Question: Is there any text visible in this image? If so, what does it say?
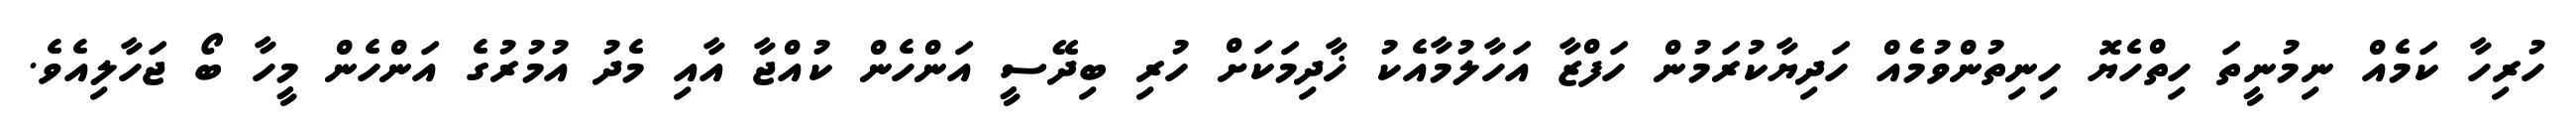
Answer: ހުރިހާ ކަމެއް ނިމުނީތަ ހިތްހެޔޮ ހިނިތުންވުމެެއް ހަދިޔާކުރަމުން ހަފްޒާ އަހާލުމާއެކު ޚާދިމަކަށް ހުރި ބިދޭސީ އަންހެން ކުއްޖާ އާއި މެދު އުމުރުގެ އަންހެން މީހާ ބޯ ޖަހާލިއެވެ.